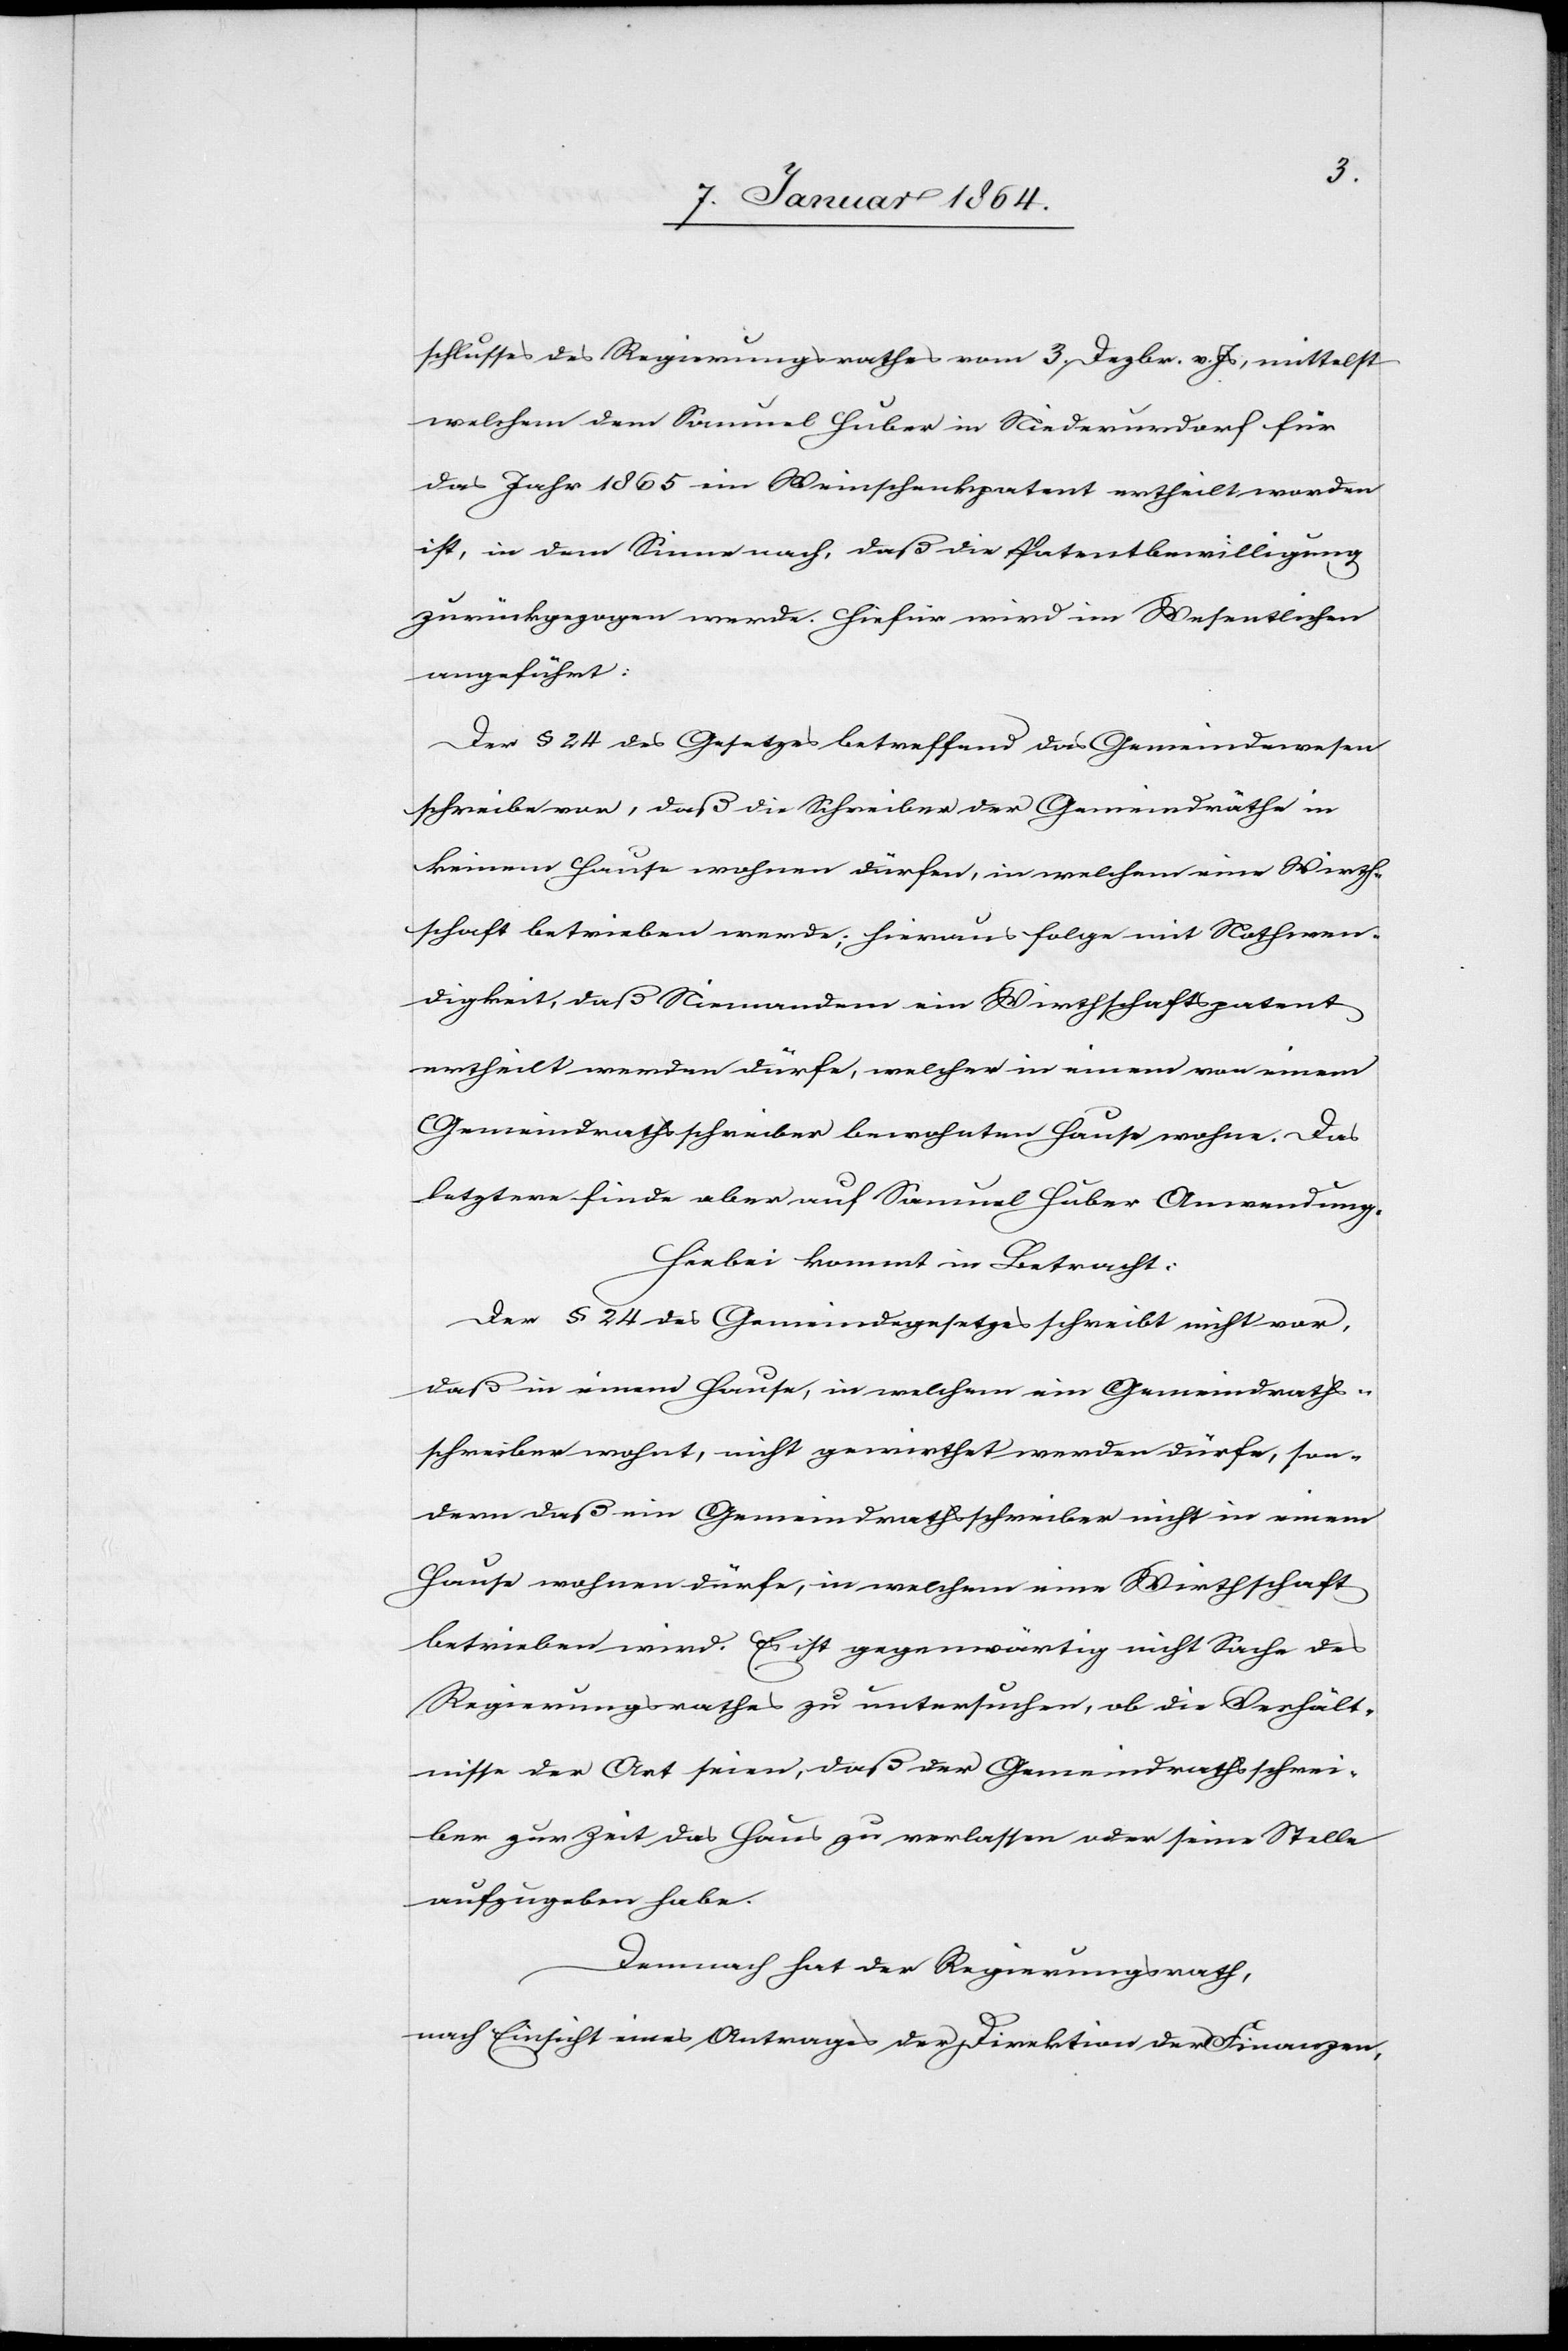
schlusses des Regierungsrathes vom 3. Dezbr. v. Js, mittelst
welchem dem Samuel Huber in Niederurdorf für
das Jahr 1865 ein Weinschenkpatent ertheilt worden
ist, in dem Sinne nach, daß die Patentbewilligung
zurückgezogen werde. Hiefür wird im Wesentlichen
angeführt:
Der § 24 des Gesetzes betreffend das Gemeindewesen
schreibe vor, daß die Schreiber der Gemeindräthe in
keinem Hause wohnen dürfen, in welchem eine Wirth¬
schaft betrieben werde; hieraus folge mit Nothwen¬
digkeit, daß Niemandem ein Wirthschaftspatent
ertheilt werden dürfe, welcher in einem von einem
Gemeindrathsschreiber bewohnten Hause wohne. Das
letztere finde aber auf Samuel Huber Anwendung.
Hiebei kommt in Betracht:
Der § 24 des Gemeindegesetzes schreibt nicht vor,
daß in einem Hause, in welchem ein Gemeindraths¬
schreiber wohnt, nicht gewirthet werden dürfe, son¬
dern daß ein Gemeindrathsschreiber nicht in einem
Hause wohnen dürfe, in welchem eine Wirthschaft
betrieben wird. Es ist gegenwärtig nicht Sache des
Regierungsrathes zu untersuchen, ob die Verhält¬
nisse der Art seien, daß der Gemeindrathsschrei¬
ber zur Zeit das Haus zu verlassen oder seine Stelle
aufzugeben habe.
Demnach hat der Regierungsrath,
nach Einsicht eines Antrages der Direktion der Finanzen,